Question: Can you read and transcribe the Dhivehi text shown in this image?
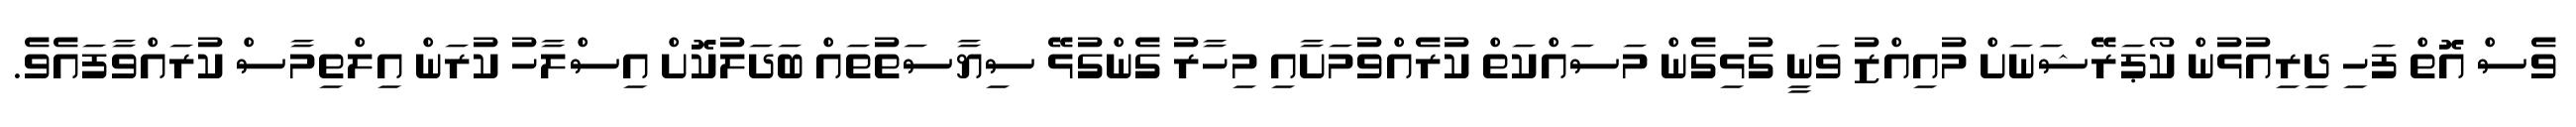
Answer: ވެސް އޮތް ފަހި ދިރިއުޅުން ކޯޕަރޭޝަނަށް މުއިއްޒު ވަނީ ގުޅިގެން މަސައްކަތް ކުރެއްވުމަށާއި މިހާރު ގެންގުޅޭ ސިޔާސަތުތައް ބަދަލުކޮށް އިސްލާހު ކުރަން އިލްތިމާސް ކުރައްވާފައެވެ.